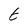
Character: t